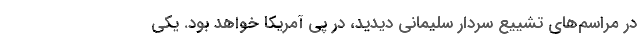
در مراسم‌های تشییع سردار سلیمانی دیدید، در پی آمریکا خواهد بود. یکی